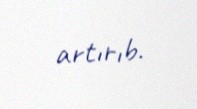
artırıb.